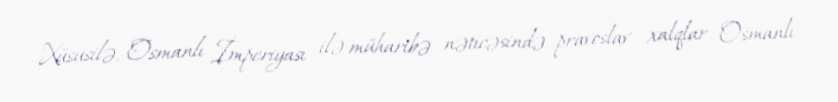
Xüsusilə, Osmanlı İmperiyası ilə müharibə nəticəsində pravoslav xalqlar Osmanlı